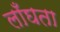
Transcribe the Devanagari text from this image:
लाँघता